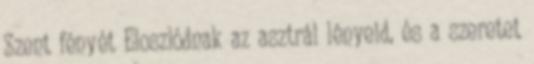
Szent fényét Eloszlódnak az asztrál lényeid, és a szeretet